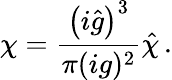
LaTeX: \chi=\frac{\left(i{\hat{g}}\right)^{3}}{\pi(ig)^{2}}{\hat{\chi}}\, .